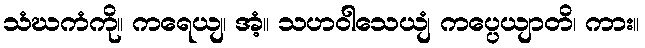
သံဃကံကို။ ကရေယျ၊ အံ့။ သဟဝါသေယျံ ကပ္ပေယျာတိ၊ ကား။